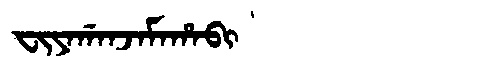
Manchu: ᠸᡳᠶᠠᡤᠠᠨᠵᠠᠮᠠᡥᠠᠪᡳ
Romanization: FIYAGANJAMAHABI